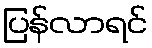
ပြန်လာရင်